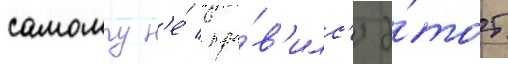
самому н'е́ нра́в'илс'я э́тот